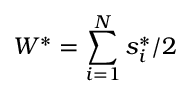
W ^ { * } = \sum _ { i = 1 } ^ { N } s _ { i } ^ { * } / 2